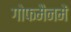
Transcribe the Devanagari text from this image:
गोफमैनमें